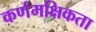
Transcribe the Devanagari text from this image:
कर्णमक्षिकता